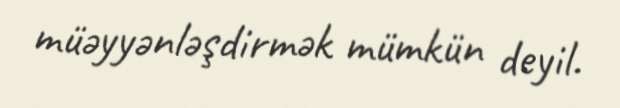
müəyyənləşdirmək mümkün deyil.